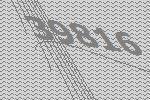
39816